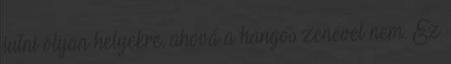
jutni olyan helyekre, ahová a hangos zenével nem. Ez